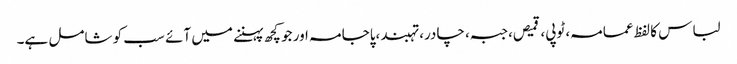
لباس کا لفظ عمامہ، ٹوپی، قمیص، جبہ، چادر، تہبند،پاجامہ اور جو کچھ پہننے میں آئے سب کو شامل ہے۔